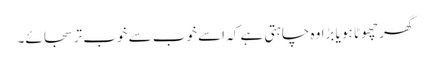
گھر چھوٹا ہو یا بڑا وہ چاہتی ہے کہ اسے خوب سے خوب تر سجائے۔